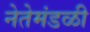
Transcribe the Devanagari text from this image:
नेतेमंडळी